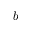
b